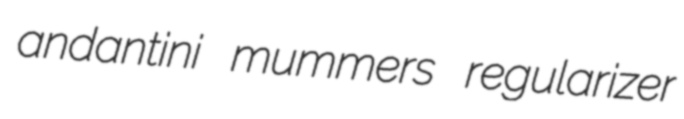
andantini mummers regularizer